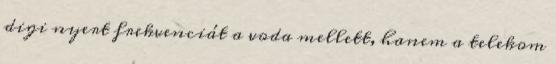
digi nyert frekvenciát a voda mellett, hanem a telekom